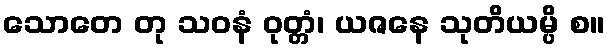
သောတေ တု သဝနံ ဝုတ္တံ၊ ယဇနေ သုတိယမ္ပိ စ။